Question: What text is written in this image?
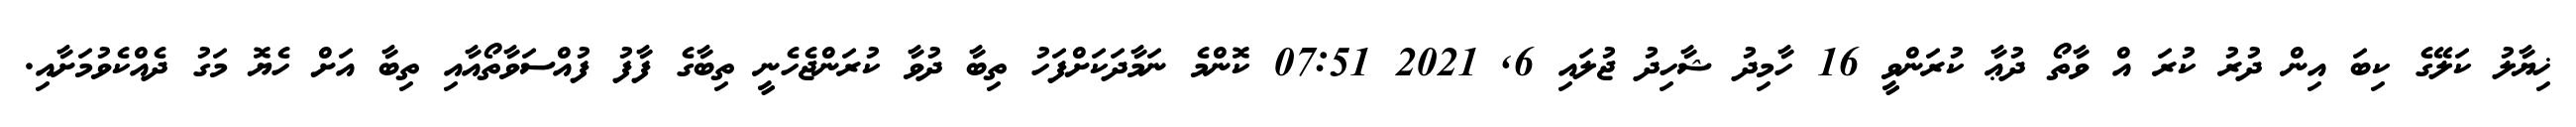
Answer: ޚިޔާލު ކަލޭގެ ކިބަ އިން ދުރު ކުރަ އް ވާތޯ ދުޢާ ކުރަންވީ 16 ހާމިދު ޝާހިދު ޖުލައި 6, 2021 07:51 ކޮންމެ ނަމާދަކަށްފަހު ތިބާ ދުވާ ކުރަންޖެހެނީ ތިބާގެ ފާފު ފުއްސަވާތޯއާއި ތިބާ އަށް ހެޔޮ މަގު ދެއްކެވުމަށާއި.